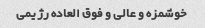
خوشمزه و عالی و فوق العاده رژیمی